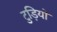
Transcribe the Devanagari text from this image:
टुड़ियों